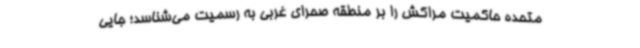
متحده حاکمیت مراکش را بر منطقه صحرای غربی به رسمیت می‌شناسد؛ جایی